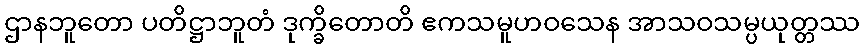
ဌာနဘူတော ပတိဋ္ဌာဘူတံ ဒုက္ခိတောတိ ဧကသမူဟဝသေန အာသဝသမ္ပယုတ္တဿ